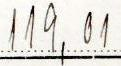
119,01